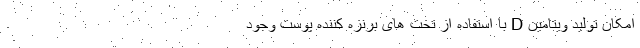
امکان تولید ویتامین D با استفاده از تخت های برنزه کننده پوست وجود